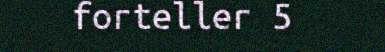
forteller 5